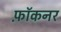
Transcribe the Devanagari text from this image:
फ़ॉकनर